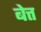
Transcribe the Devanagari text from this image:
बेत्त